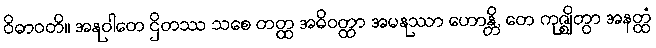
ဝိဓာဝတိ။ အနုဝါတေ ဌိတဿ သစေ တတ္ထ အဓိဝတ္ထာ အမနုဿာ ဟောန္တိ, တေ ကုဇ္ဈိတွာ အနတ္ထံ